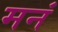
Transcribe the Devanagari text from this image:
मनं